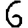
Digit: 6